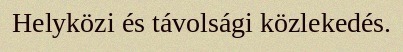
Helyközi és távolsági közlekedés.